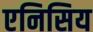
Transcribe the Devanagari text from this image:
एनिसिय